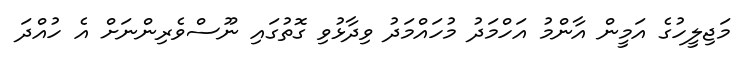
މަޖިލީހުގެ އަމީން އާންމު އަހްމަދު މުހައްމަދު ވިދާޅުވި ގޮތުގައި ނޫސްވެރިންނަށް އެ ހުއްދަ